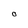
Character: O